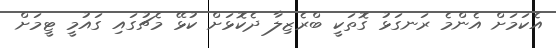
އެކަމަށް އެންމެ ރަނގަޅު ގޮތަކީ ބްރެޒިލާ ދެކޮޅަށް ކުޅޭ މެޗުގައި ގައުމީ ޓީމަށް